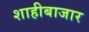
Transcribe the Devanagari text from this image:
शाहीबाजार